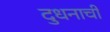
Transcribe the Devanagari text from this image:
दुधनाची